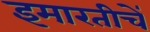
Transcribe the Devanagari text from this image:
इमारतीचें